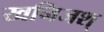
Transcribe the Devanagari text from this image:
खनिजश्